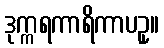
ဒုက္ကရကာရိကာပဥှ။